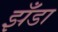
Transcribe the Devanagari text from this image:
झँडा